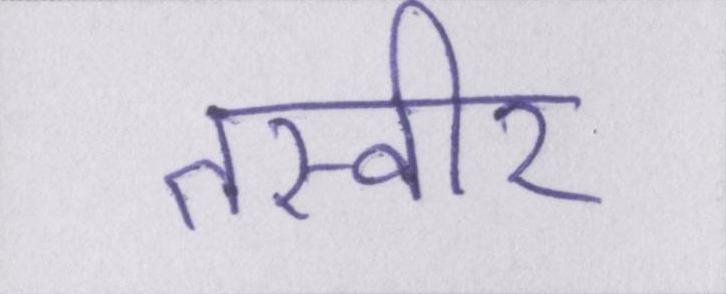
तस्वीर